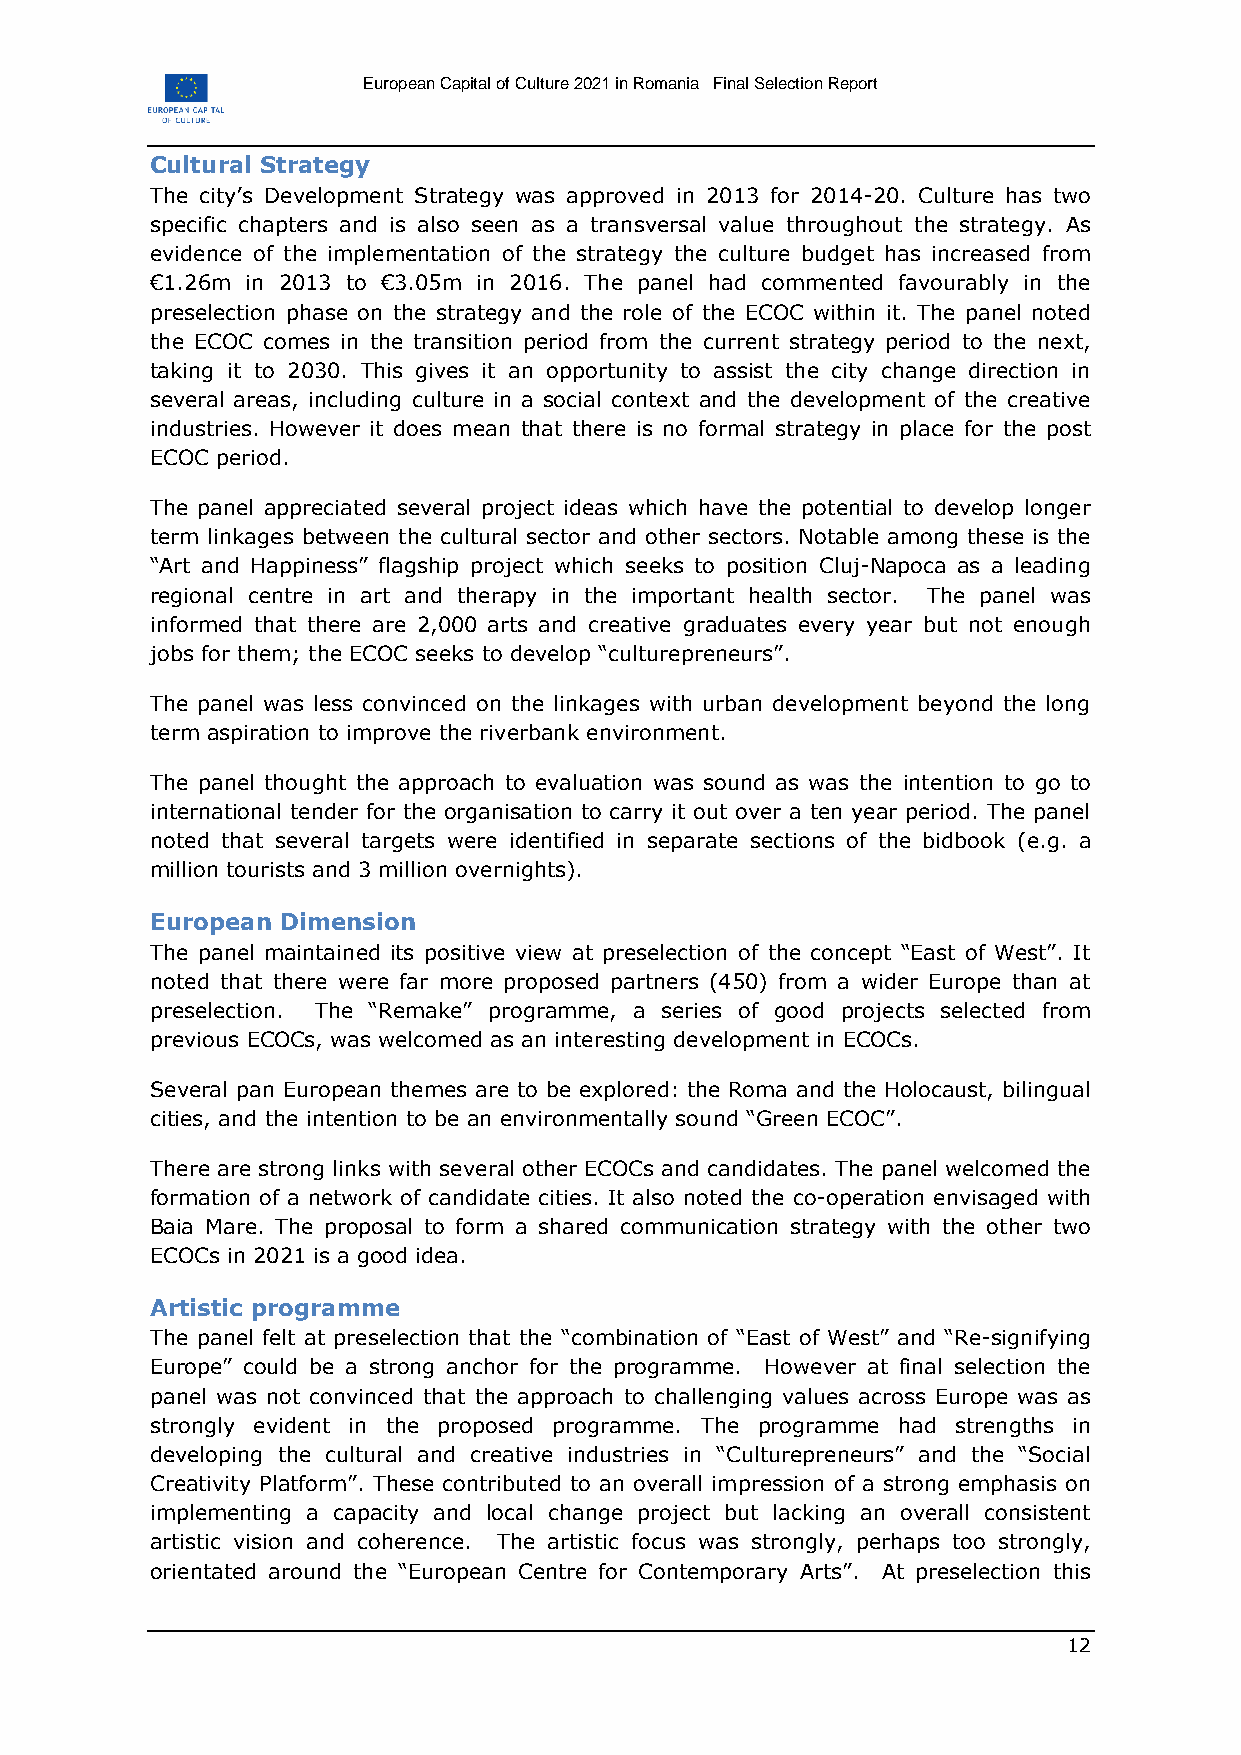
European Capital of Culture 2021 in Romania Final Selection Report
 Cultural Strategy
 The city’s Development Strategy was approved in 2013 for 2014-20. Culture has two
 specific chapters and is also seen as a transversal value throughout the strategy. As
 evidence of the implementation of the strategy the culture budget has increased from
 €1.26m in 2013 to €3.05m in 2016. The panel had commented favourably in the
 preselection phase on the strategy and the role of the ECOC within it. The panel noted
 the ECOC comes in the transition period from the current strategy period to the next,
 taking it to 2030. This gives it an opportunity to assist the city change direction in
 several areas, including culture in a social context and the development of the creative
 industries. However it does mean that there is no formal strategy in place for the post
 ECOC period.
 The panel appreciated several project ideas which have the potential to develop longer
 term linkages between the cultural sector and other sectors. Notable among these is the
 “Art and Happiness” flagship project which seeks to position Cluj-Napoca as a leading
 regional centre in art and therapy in the important health sector. The panel was
 informed that there are 2,000 arts and creative graduates every year but not enough
 jobs for them; the ECOC seeks to develop “culturepreneurs”.
 The panel was less convinced on the linkages with urban development beyond the long
 term aspiration to improve the riverbank environment.
 The panel thought the approach to evaluation was sound as was the intention to go to
 international tender for the organisation to carry it out over a ten year period. The panel
 noted that several targets were identified in separate sections of the bidbook (e.g. a
 million tourists and 3 million overnights).
 European Dimension
 The panel maintained its positive view at preselection of the concept “East of West”. It
 noted that there were far more proposed partners (450) from a wider Europe than at
 preselection. The “Remake” programme, a series of good projects selected from
 previous ECOCs, was welcomed as an interesting development in ECOCs.
 Several pan European themes are to be explored: the Roma and the Holocaust, bilingual
 cities, and the intention to be an environmentally sound “Green ECOC”.
 There are strong links with several other ECOCs and candidates. The panel welcomed the
 formation of a network of candidate cities. It also noted the co-operation envisaged with
 Baia Mare. The proposal to form a shared communication strategy with the other two
 ECOCs in 2021 is a good idea.
 Artistic programme
 The panel felt at preselection that the “combination of “East of West” and “Re-signifying
 Europe” could be a strong anchor for the programme. However at final selection the
 panel was not convinced that the approach to challenging values across Europe was as
 strongly evident in the proposed programme. The programme had strengths in
 developing the cultural and creative industries in “Culturepreneurs” and the “Social
 Creativity Platform”. These contributed to an overall impression of a strong emphasis on
 implementing a capacity and local change project but lacking an overall consistent
 artistic vision and coherence. The artistic focus was strongly, perhaps too strongly,
 orientated around the “European Centre for Contemporary Arts”. At preselection this
 12